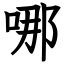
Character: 哪